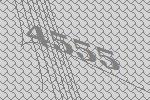
4555